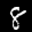
Label: 8